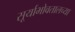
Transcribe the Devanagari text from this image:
सूर्याभोवतालच्या